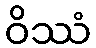
ဝိဿံ